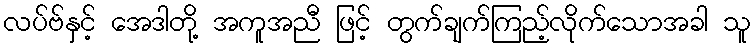
လပ်ဗ်နှင့် အေဒါတို့ အကူအညီ ဖြင့် တွက်ချက်ကြည့်လိုက်သောအခါ သူ